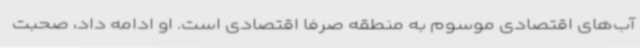
آب‌های اقتصادی موسوم به منطقه صرفا اقتصادی است. او ادامه داد، صحبت